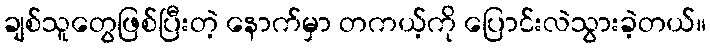
ချစ်သူတွေဖြစ်ပြီးတဲ့ နောက်မှာ တကယ့်ကို ပြောင်းလဲသွားခဲ့တယ်။